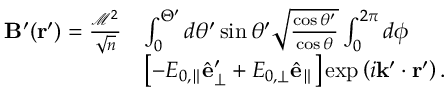
\begin{array} { r l } { \mathbf { B } ^ { \prime } ( \mathbf { r } ^ { \prime } ) = \frac { \mathcal { M } ^ { 2 } } { \sqrt { n } } } & { \int _ { 0 } ^ { \Theta ^ { \prime } } d \theta ^ { \prime } \sin \theta ^ { \prime } \sqrt { \frac { \cos \theta ^ { \prime } } { \cos \theta } } \int _ { 0 } ^ { 2 \pi } d \phi } \\ & { \left[ - E _ { 0 , \parallel } \hat { \mathbf { e } } _ { \perp } ^ { \prime } + E _ { 0 , \perp } \hat { \mathbf { e } } _ { \parallel } \right] \exp \left( i \mathbf { k } ^ { \prime } \cdot \mathbf { r } ^ { \prime } \right) . } \end{array}